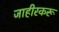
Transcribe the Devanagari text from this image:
जाहीरकरू